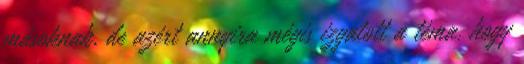
másoknak, de azért annyira mégis izgatott a téma, hogy